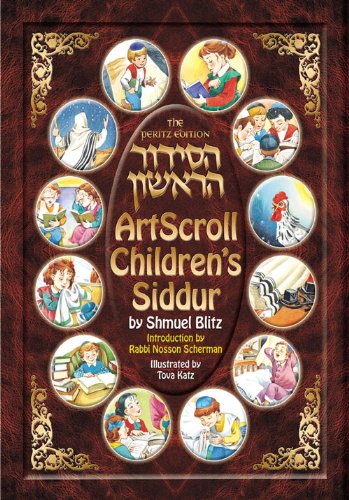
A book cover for Artscroll Children's Siddur: The Peritz Edition (Artscroll Youth Series) (Hebrew and English Edition); Shmuel Blitz; Religion & Spirituality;